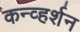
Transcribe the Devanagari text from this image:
कन्व्हर्शन